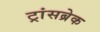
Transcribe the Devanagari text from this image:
ट्रांसब्रेक